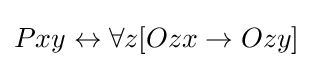
Pxy\leftrightarrow \forall z[Ozx\rightarrow Ozy]